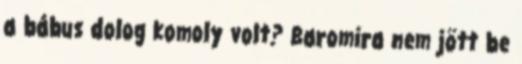
a bábus dolog komoly volt? Baromira nem jött be